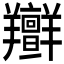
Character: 𦏭